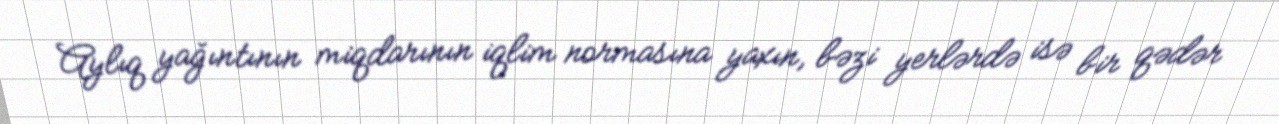
Aylıq yağıntının miqdarının iqlim normasına yaxın, bəzi yerlərdə isə bir qədər